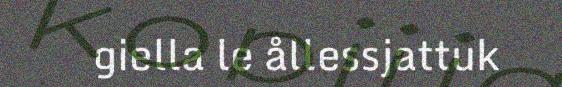
giella le ållessjattuk